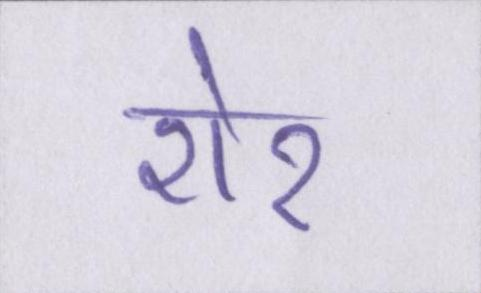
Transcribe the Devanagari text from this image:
शेर